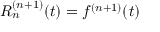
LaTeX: R _ { n } ^ { ( n + 1 ) } ( t ) = f ^ { ( n + 1 ) } ( t )